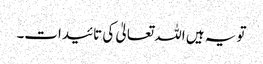
تو یہ ہیں اللہ تعالیٰ کی تائیدات۔